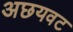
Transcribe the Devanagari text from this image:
अछयवट